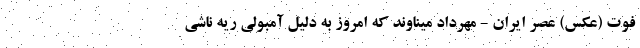
فوت (عکس) عصر ایران - مهرداد میناوند که امروز به دلیل آمبولی ریه ناشی